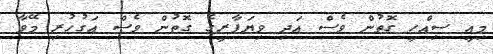
މިއީ ސިއްހީ ގޮތުން ވެސް އަދި ވިޔަފާރީގެ ގޮތުން ވެސް އަގުހުރި މޭވާ